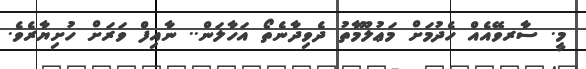
މީ. ސާރވޭއެއް ހެދުމަށް މަޢުލޫމާތު ދެވިދާނެތޯ އަހާލަން.. ނާއިފް ވަރަށް ހުށިޔާރެވެ.